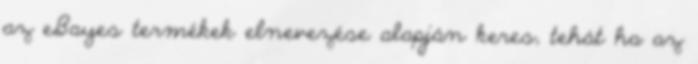
az eBayes termékek elnevezése alapján keres, tehát ha az